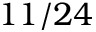
1 1 / 2 4